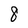
Character: 8